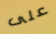
على